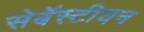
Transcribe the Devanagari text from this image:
सेबॅस्टीयन